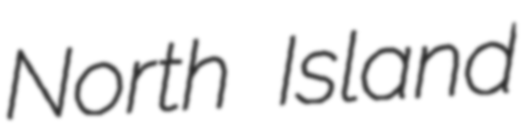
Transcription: North Island